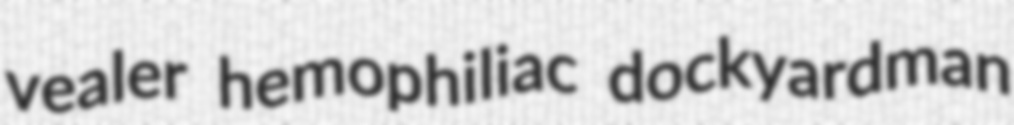
vealer hemophiliac dockyardman